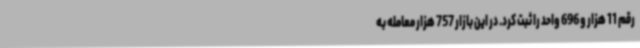
رقم 11 هزار و 696 واحد را ثبت کرد. در این بازار 757 هزار معامله به